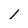
Character: 1